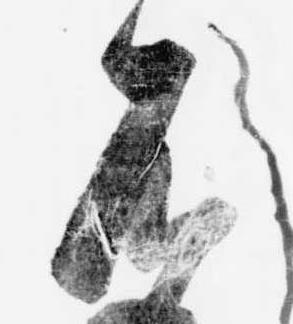
不